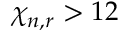
\chi _ { n , r } > 1 2